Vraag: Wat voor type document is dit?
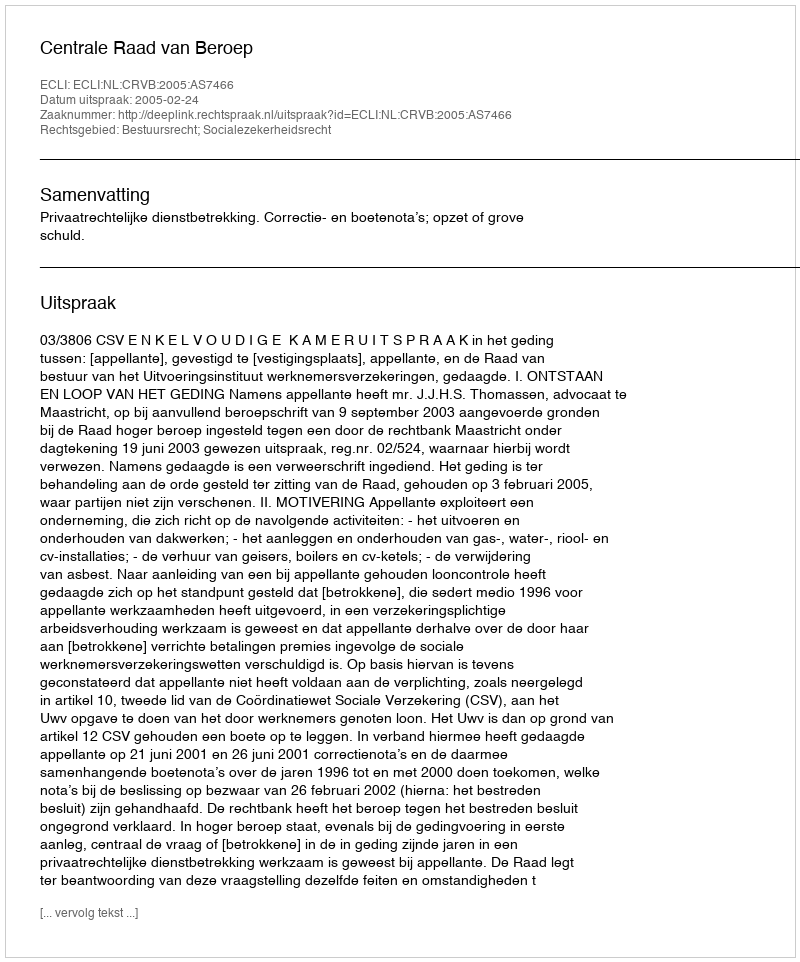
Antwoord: Uitspraak